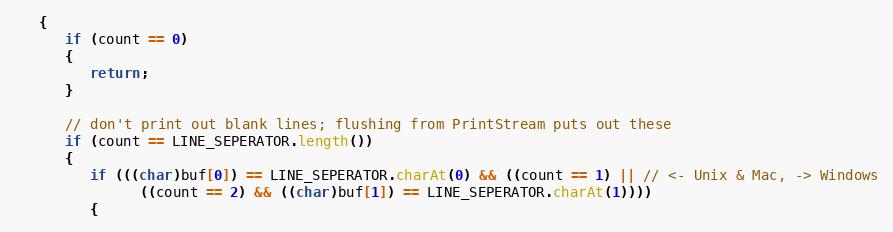
Language: Java
   {
      if (count == 0)
      {
         return;
      }

      // don't print out blank lines; flushing from PrintStream puts out these
      if (count == LINE_SEPERATOR.length())
      {
         if (((char)buf[0]) == LINE_SEPERATOR.charAt(0) && ((count == 1) || // <- Unix & Mac, -> Windows
               ((count == 2) && ((char)buf[1]) == LINE_SEPERATOR.charAt(1))))
         {